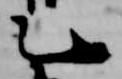
乙